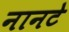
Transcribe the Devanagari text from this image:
नानटे